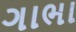
ગાભા